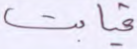
غيابت